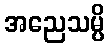
အညေသမ္ပိ